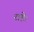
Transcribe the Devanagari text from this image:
राहे।